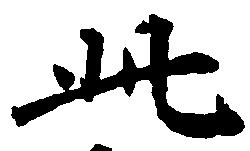
此